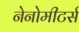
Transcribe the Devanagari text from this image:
नेनोमीटर्स